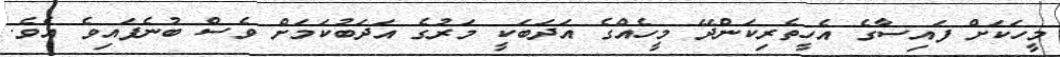
މީހަކަށް ފައިސާގެ އެހީތެރިކަންދޭ މީހެއްގެ އަދަބަކީ މަރުގެ އަދަބުކަމަށް ވެސް ބުނެފައިވެ އެވެ.